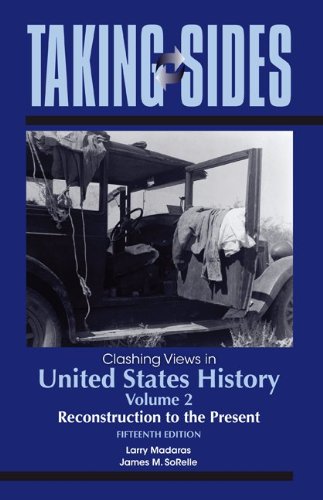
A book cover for Taking Sides: Clashing Views in United States History, Volume 2: Reconstruction to the Present (Taking Sides. Clashing Views in United States History (2 Vol Set)); Larry Madaras; History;